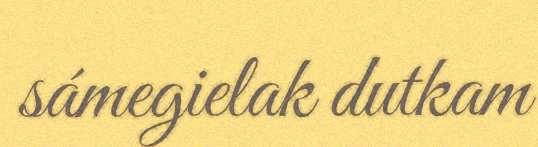
sámegielak dutkam